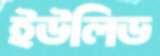
ইউলিড